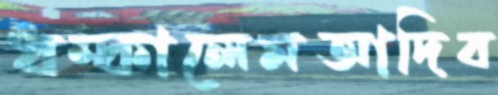
ধম্‌কালেমআদিব